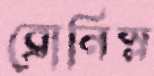
ব্রোনিস্ল